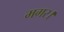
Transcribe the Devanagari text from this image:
मगर।